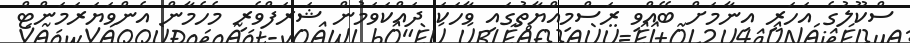
ސްކޫލުގެ އަހަރީ އިނާމަށް ބޭއްވި ރަސްމިއްޔާތުގައި ވާހަކަ ދައްކަވަމުން ޝަރަފްވެރި މެހެމާން އެންވަޔަރަމަންޓް